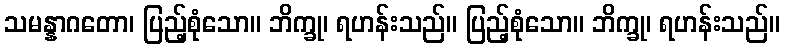
သမန္နာဂတော၊ ပြည့်စုံသော။ ဘိက္ခု၊ ရဟန်းသည်။ ပြည့်စုံသော။ ဘိက္ခု၊ ရဟန်းသည်။